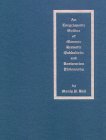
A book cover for The Secret Teachings of All Ages : An Encyclopedic Outline of Masonic, Hermetic, Qabbalistic, and Rosicrucian Symbolical Philosophy; Manly P. Hall; Religion & Spirituality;